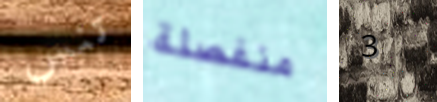
تنس منفصلة 3